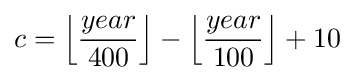
c=\left\lfloor {\frac {year}{400}}\right\rfloor -\left\lfloor {\frac {year}{100}}\right\rfloor +10